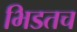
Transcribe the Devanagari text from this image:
भिडतच